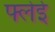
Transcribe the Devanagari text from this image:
फ्लेई